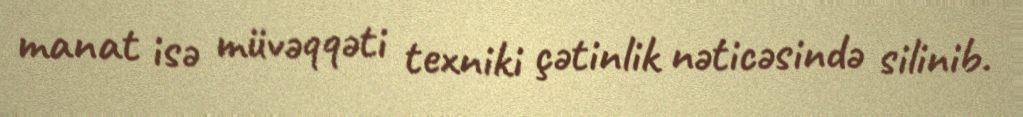
manat isə müvəqqəti texniki çətinlik nəticəsində silinib.